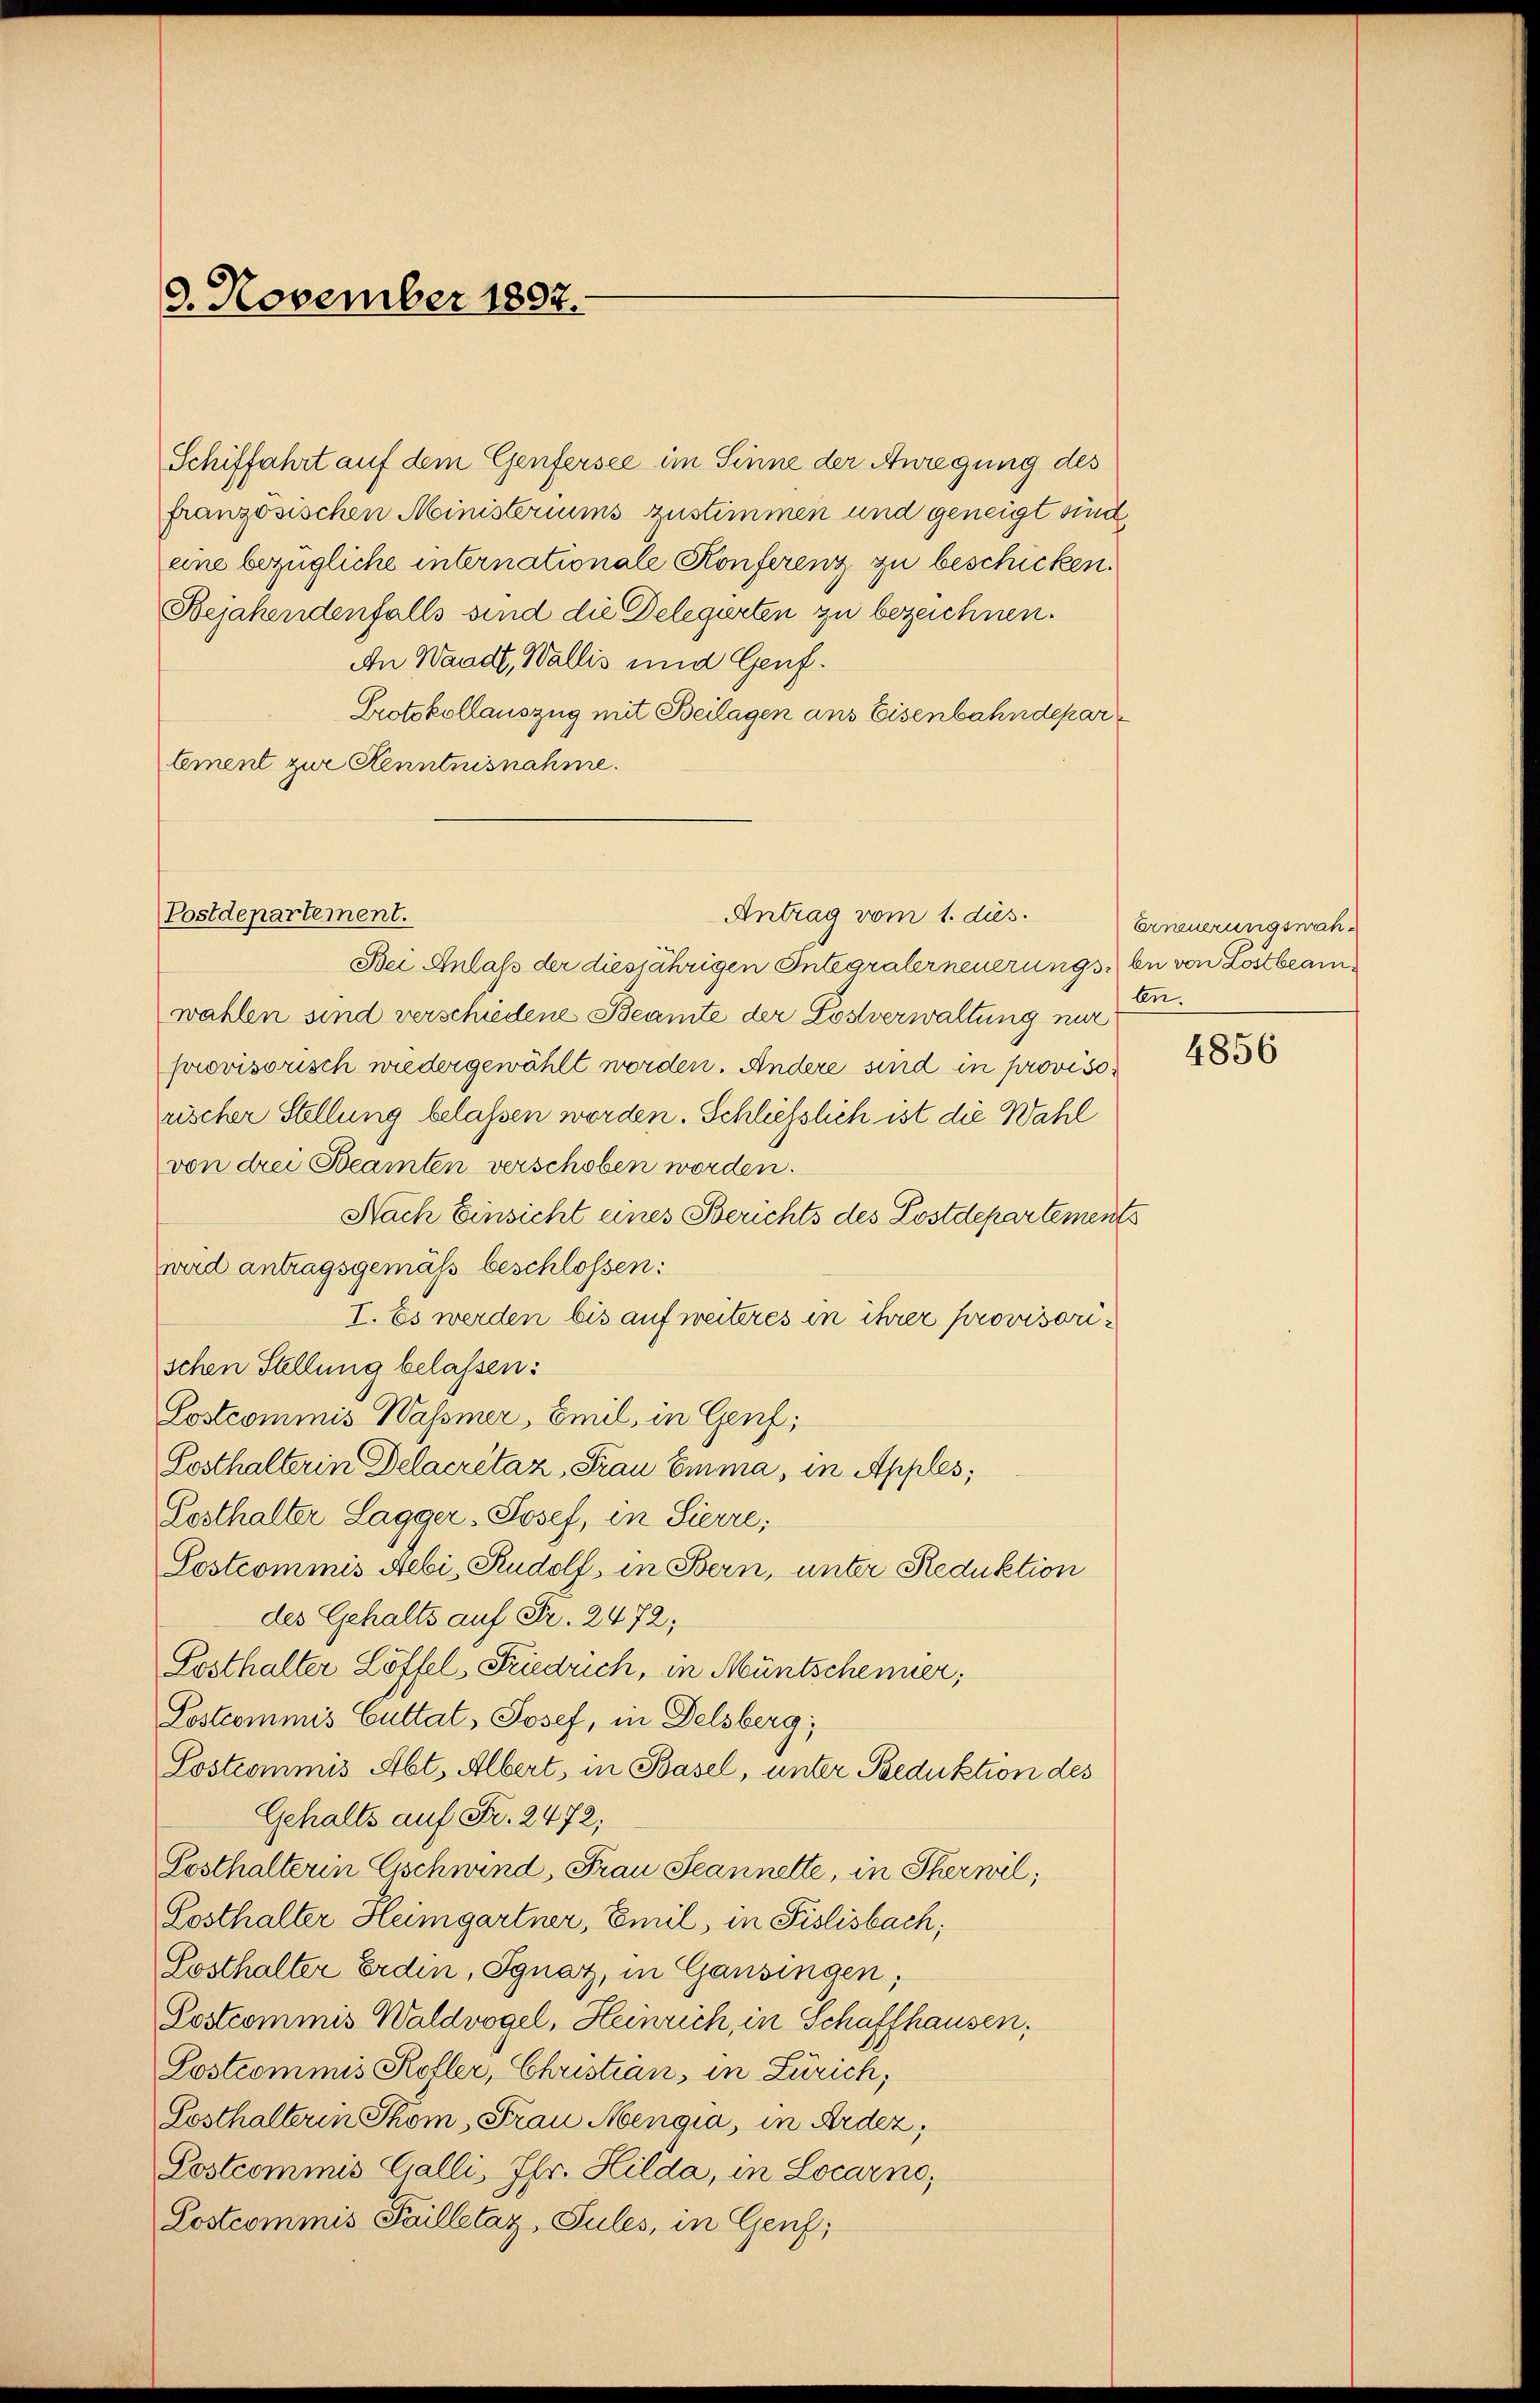
9. November 1897.

Schiffahrt auf dem Genfersee im Sinne der Anregung des
französischen Ministeriums zustimmen und geneigt sind,
eine bezügliche internationale Konferenz zu beschicken.
Bejahendenfalls sind die Delegirten zu bezeichnen.
An Waadt, Wallis und Genf.
Protokollauszug mit Beilagen ans Eisenbahndepar
lement zur Kenntnisnahme.

Antrag vom 1. dus.
Postdepartement.

Bei Anlaß der diesjährigen Integraler neuerungs bei von Lostbeamwahlen sind verschiedene Beamte der Lostverwaltung nur
provisorisch wiedergewählt worden. Andere sind in provisorischer Stellung belassen worden. Schliesslich ist die Wahl
von drei Beamten verschoben worden.
Nach Einsicht eines Berichts des Lostdepartements
weid antragsgemäß beschlossen:
I. Es werden bis auf weiteres in ihrer provisorischen Stellung belassen:
Lostcommis Wassmer, Beil, in Genf,
Posthalterin Delacrétaz, Frau Emma, in Apples,
Losthalter Lagger Josef, in Sierre,
Postcommis Aebi, Rudolf, in Bern, unter Reduktion
des Gehalts auf Fr. 2472;
Losthalter Löffel, Friedrich, in Müntschenner,
Lostcommis Cuttat, Josef, in Delsberg;
Sostrommis Abt. Albert, in Basel, unter Seduktion des
Gehalts auf Fr. 2472;
Posthalterin Gschwind, Frau Seannette, in Thermil,
Posthalter Heimgartner, Emil, in Fislisbach;
Sosthalter Erden, Ignaz, in Gansingen;
Postcommis Waldvogel, Heinrich, in Schaffhausen,
Lostcommis Koller, Christian, in Zürich,
Sosthalterin Thom, Frau Hoengia, in Ardez,
Postcommis Galli, Pfr. Hilda, in Locarno,
Lostcommis Failletaz, Sules, in Genf;

Erneuerungsnachbe.

4856